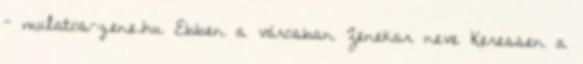
- mulatos-zene.hu Ebben a városban Zenekar neve Keressen a